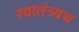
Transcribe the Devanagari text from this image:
स्वातंत्र्यच